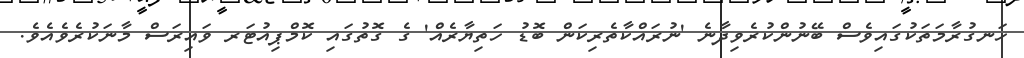
ހަނގުރާމަތަކުގައިވެސް ބޭނުންކުރެވިދާނެ 'ނުރައްކާތެރިކަން ބޮޑު ހަތިޔާރެއް' ގެ ގޮތުގައި ކޮމްޕިއުޓަރ ވައިރަސް މާނަކުރެވެއެވެ.